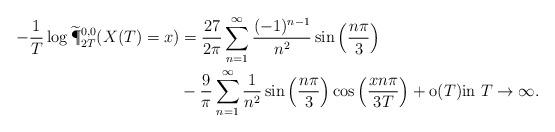
LaTeX: \begin{align*}- \frac{1}{T} \log \widetilde{\P}^{0,0}_{2T}(X(T)=x)&=\frac{27}{2 \pi} \sum_{n=1}^{\infty} \frac{(-1)^{n-1}}{n^2} \sin \left( \frac{n \pi}{3} \right)\\& -\frac{9}{\pi} \sum_{n=1}^{\infty} \frac{1}{n^2}\sin \left( \frac{n \pi}{3} \right)\cos \left( \frac{x n \pi}{3T} \right) +{\rm o}(T)\mbox{in $T \to \infty$}.\end{align*}